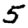
Digit: 5